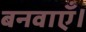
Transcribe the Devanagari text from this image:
बनवाएँ।